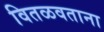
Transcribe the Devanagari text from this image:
वितळवताना